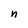
Character: n